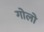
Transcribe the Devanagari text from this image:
गोलो